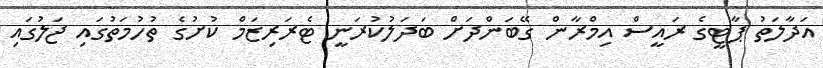
އަދާލަތު ޕާޓީގެ ރައީސް އިމްރާން ގޭބަންދަށް ބަދަލުކުރަނީ ޓެރަރިޒަމް ކުށުގެ ތުހުމަތުގައި ޖަލުގައި